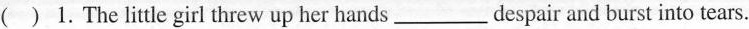
( ) 1. The little girl threw up her hands___despair and burst into tears.